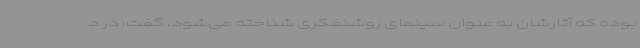
بوده که آثارشان به عنوان سینمای روشنفکری شناخته می‌شود، گفت: در د